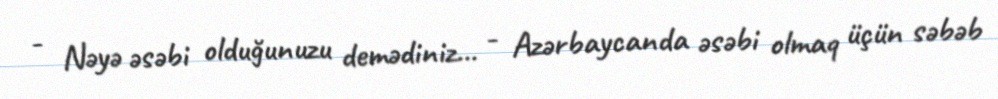
- Nəyə əsəbi olduğunuzu demədiniz... - Azərbaycanda əsəbi olmaq üçün səbəb